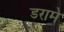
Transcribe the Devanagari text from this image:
डरामे